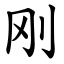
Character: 刚